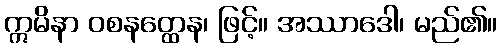
ဣမိနာ ဝစနတ္ထေန၊ ဖြင့်။ အဿာဒေါ၊ မည်၏။